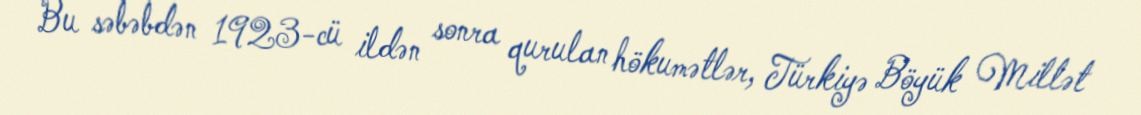
Bu səbəbdən 1923-cü ildən sonra qurulan hökumətlər, Türkiyə Böyük Millət